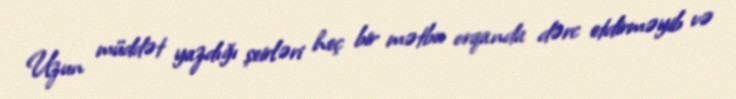
Uzun müddət yazdığı şeirləri heç bir mətbu orqanda dərc etdirməyib və